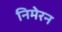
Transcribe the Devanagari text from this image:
निमेरन